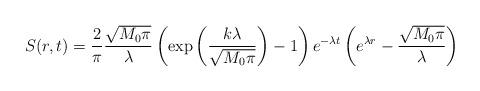
LaTeX: \begin{align*} S(r,t) = \frac{2}{\pi} \frac{\sqrt{M_0 \pi}}{\lambda}\left(\exp\left(\frac{k\lambda}{\sqrt{M_0 \pi}}\right) - 1 \right)e^{-\lambda t}\left(e^{\lambda r} - \frac{\sqrt{M_0\pi}}{\lambda} \right)\end{align*}